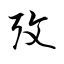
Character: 攷